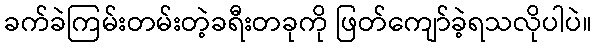
ခက်ခဲကြမ်းတမ်းတဲ့ခရီးတခုကို ဖြတ်ကျော်ခဲ့ရသလိုပါပဲ။